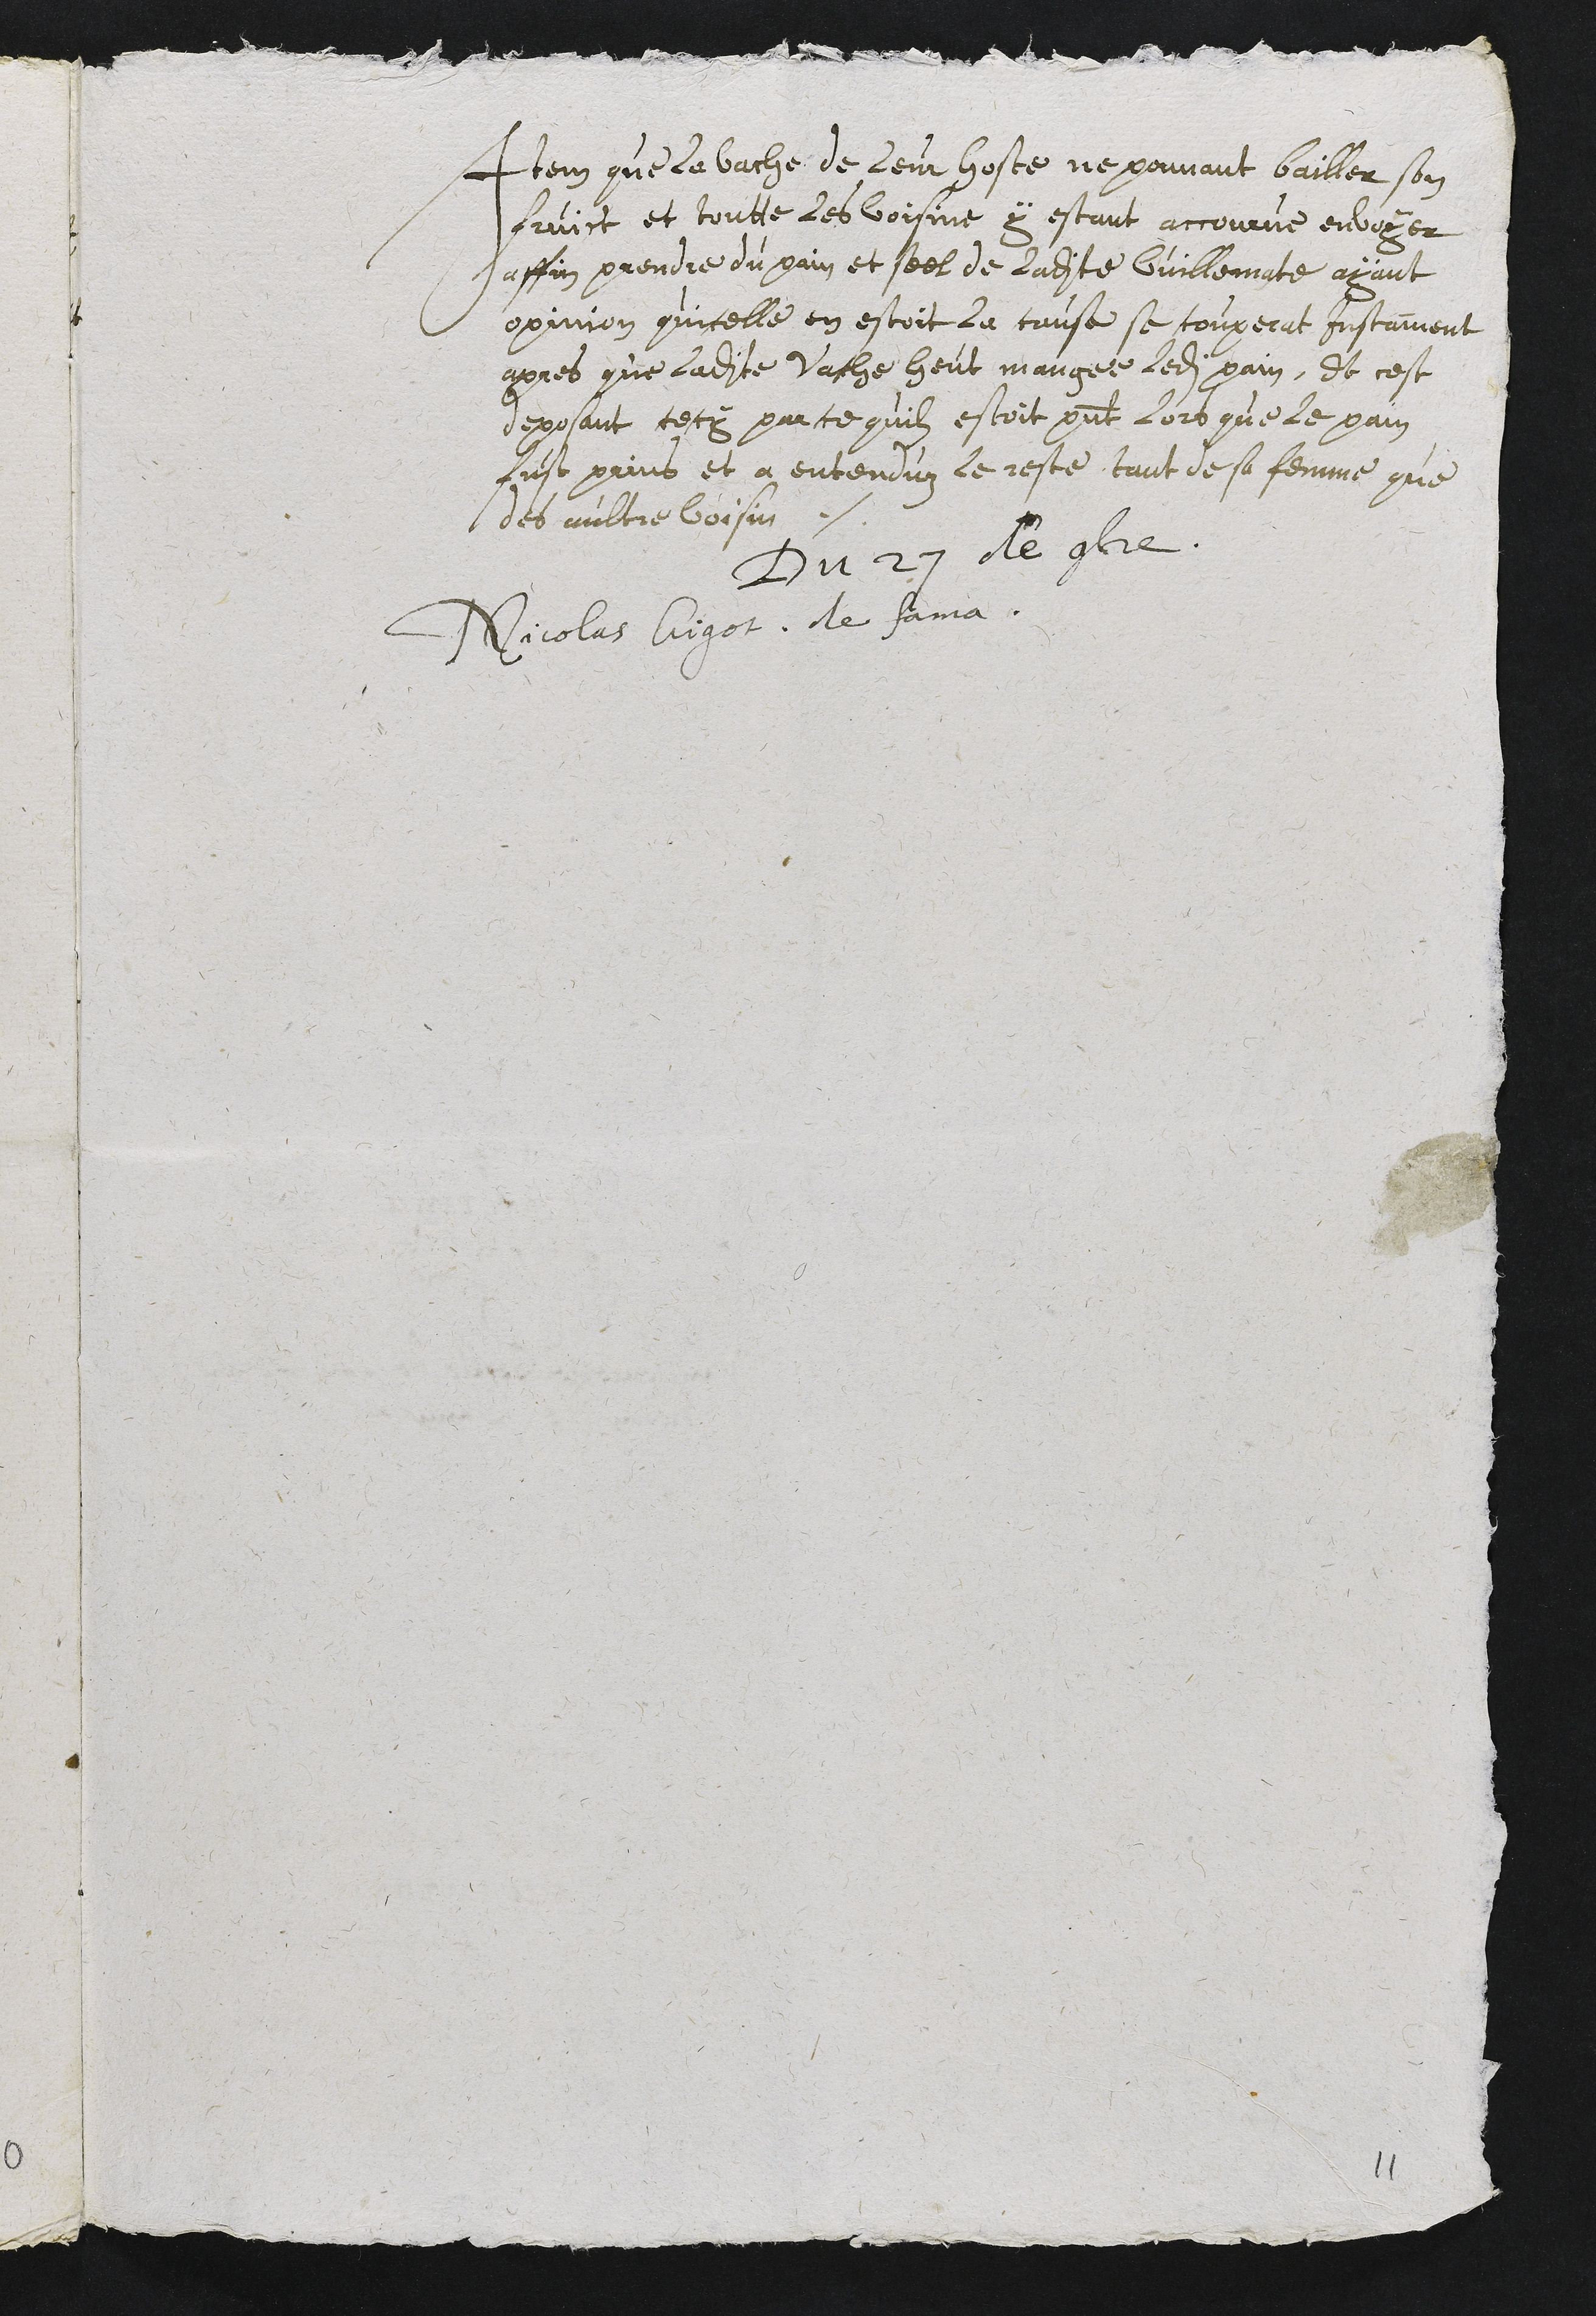
Item que la vache de leur hoste ne pouvant bailler son
fruict et toutte les voisine, y estant accourrue envoyer
affin prendre du pain et seel de ladite Vuillematte ayant
opinion quicelle en estoit la cause se couperat instament
apres que ladite vache heut mangee ledit pain, Et cest
deposant cecy pour ce quilz estoit present lors que le pain
fust prins et a entenduz le reste, tant de sa femme que
des aultre voisin.
Du 27 de 9bre
Nicolas Aigot de fama

11